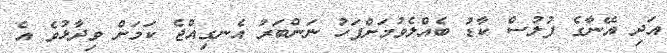
އަދި އޭނާގެ ފުލުސް ކާޑު ބެއްލެވުމަށްފަހު ނަންބަރު އެނގިއްޖެ ކަމަށް ވިދާޅުވެ އެ